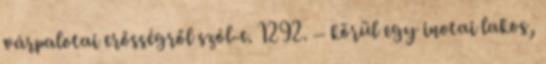
várpalotai erősségről szól-e. 1292. – körül egy inotai lakos,